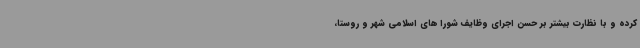
کرده و با نظارت بیشتر بر حسن اجرای وظایف شورا های اسلامی شهر و روستا،